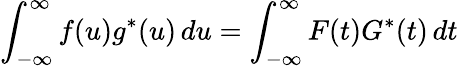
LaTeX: \int_{-\infty}^{\infty}f(u)g^{*}(u)\, du=\int_{-\infty}^{\infty}F(t)G^{*}(t)\, dt